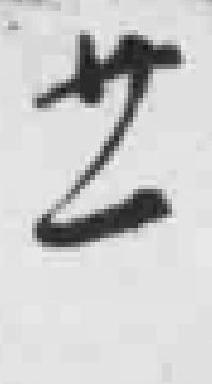
廿一